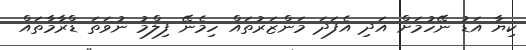
ކިޔާ އަޑު ނޭހުމަށް އަދި އެފަދަ މަންޒަރުތައް ހިމެނޭ ފިލްމު ނުވަތަ ޑްރާމާތައް